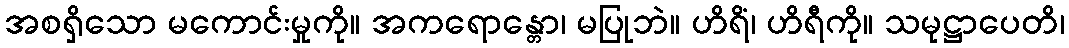
အစရှိသော မကောင်းမှုကို။ အကရောန္တော၊ မပြုဘဲ။ ဟိရိံ၊ ဟိရီကို။ သမုဋ္ဌာပေတိ၊